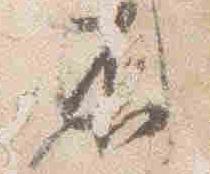
不